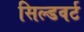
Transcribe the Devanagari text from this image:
सिल्डवर्ट